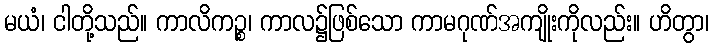
မယံ၊ ငါတို့သည်။ ကာလိကဉ္စ၊ ကာလ၌ဖြစ်သော ကာမဂုဏ်အကျိုးကိုလည်း။ ဟိတွာ၊